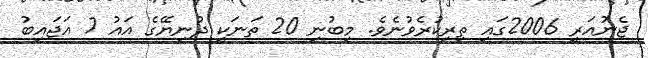
ޖެނުއަރީ 2006ގައި ތިރިކުރެވުނެވެ. މިބުނި 20 ތަނަކީ ދުނިޔޭގެ އައު 7 އަޖައިބު